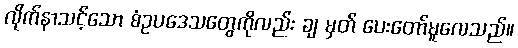
လိုက်နာသင့်သော စံဥပဒေသတွေကိုလည်း ချ မှတ် ပေးတော်မူလေသည်။